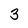
Character: 3